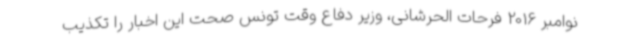
نوامبر 2016 فرحات الحرشانی، وزیر دفاع وقت تونس صحت این اخبار را تکذیب